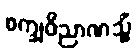
စက္ခုဝိညာဏသ္မိံ